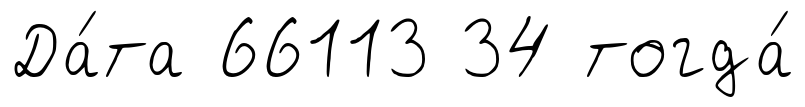
Да́та 66113 34 тогда́